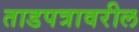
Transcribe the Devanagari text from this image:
ताडपत्रावरील